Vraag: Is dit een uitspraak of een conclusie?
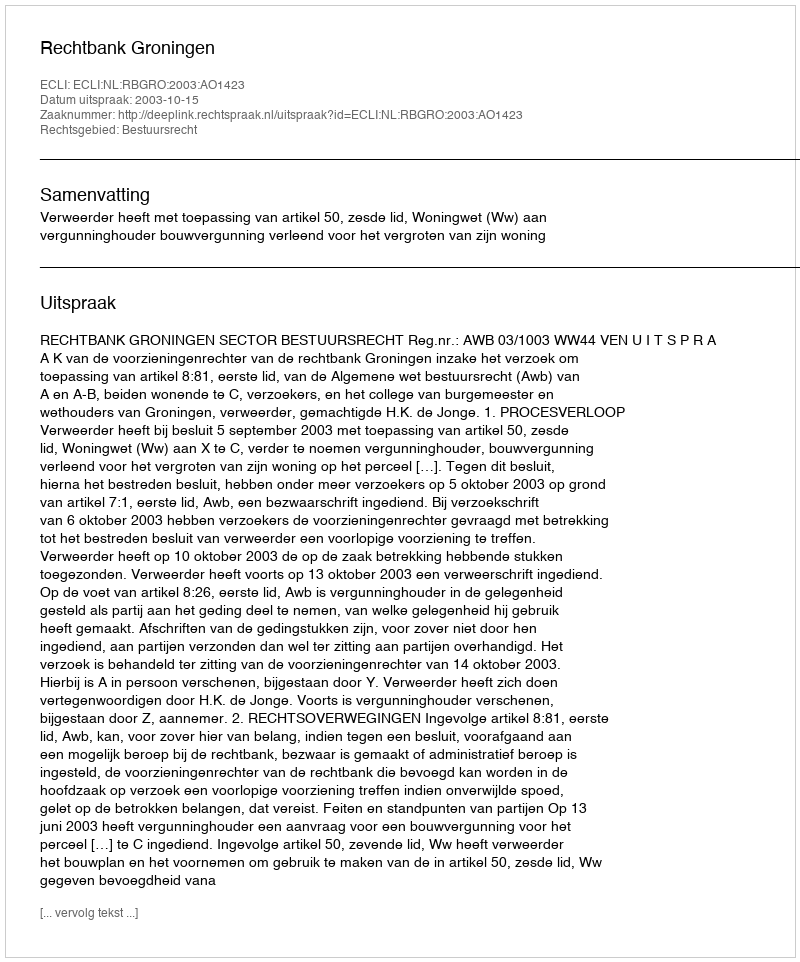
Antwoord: Uitspraak